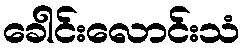
ခေါင်းလောင်းသံ